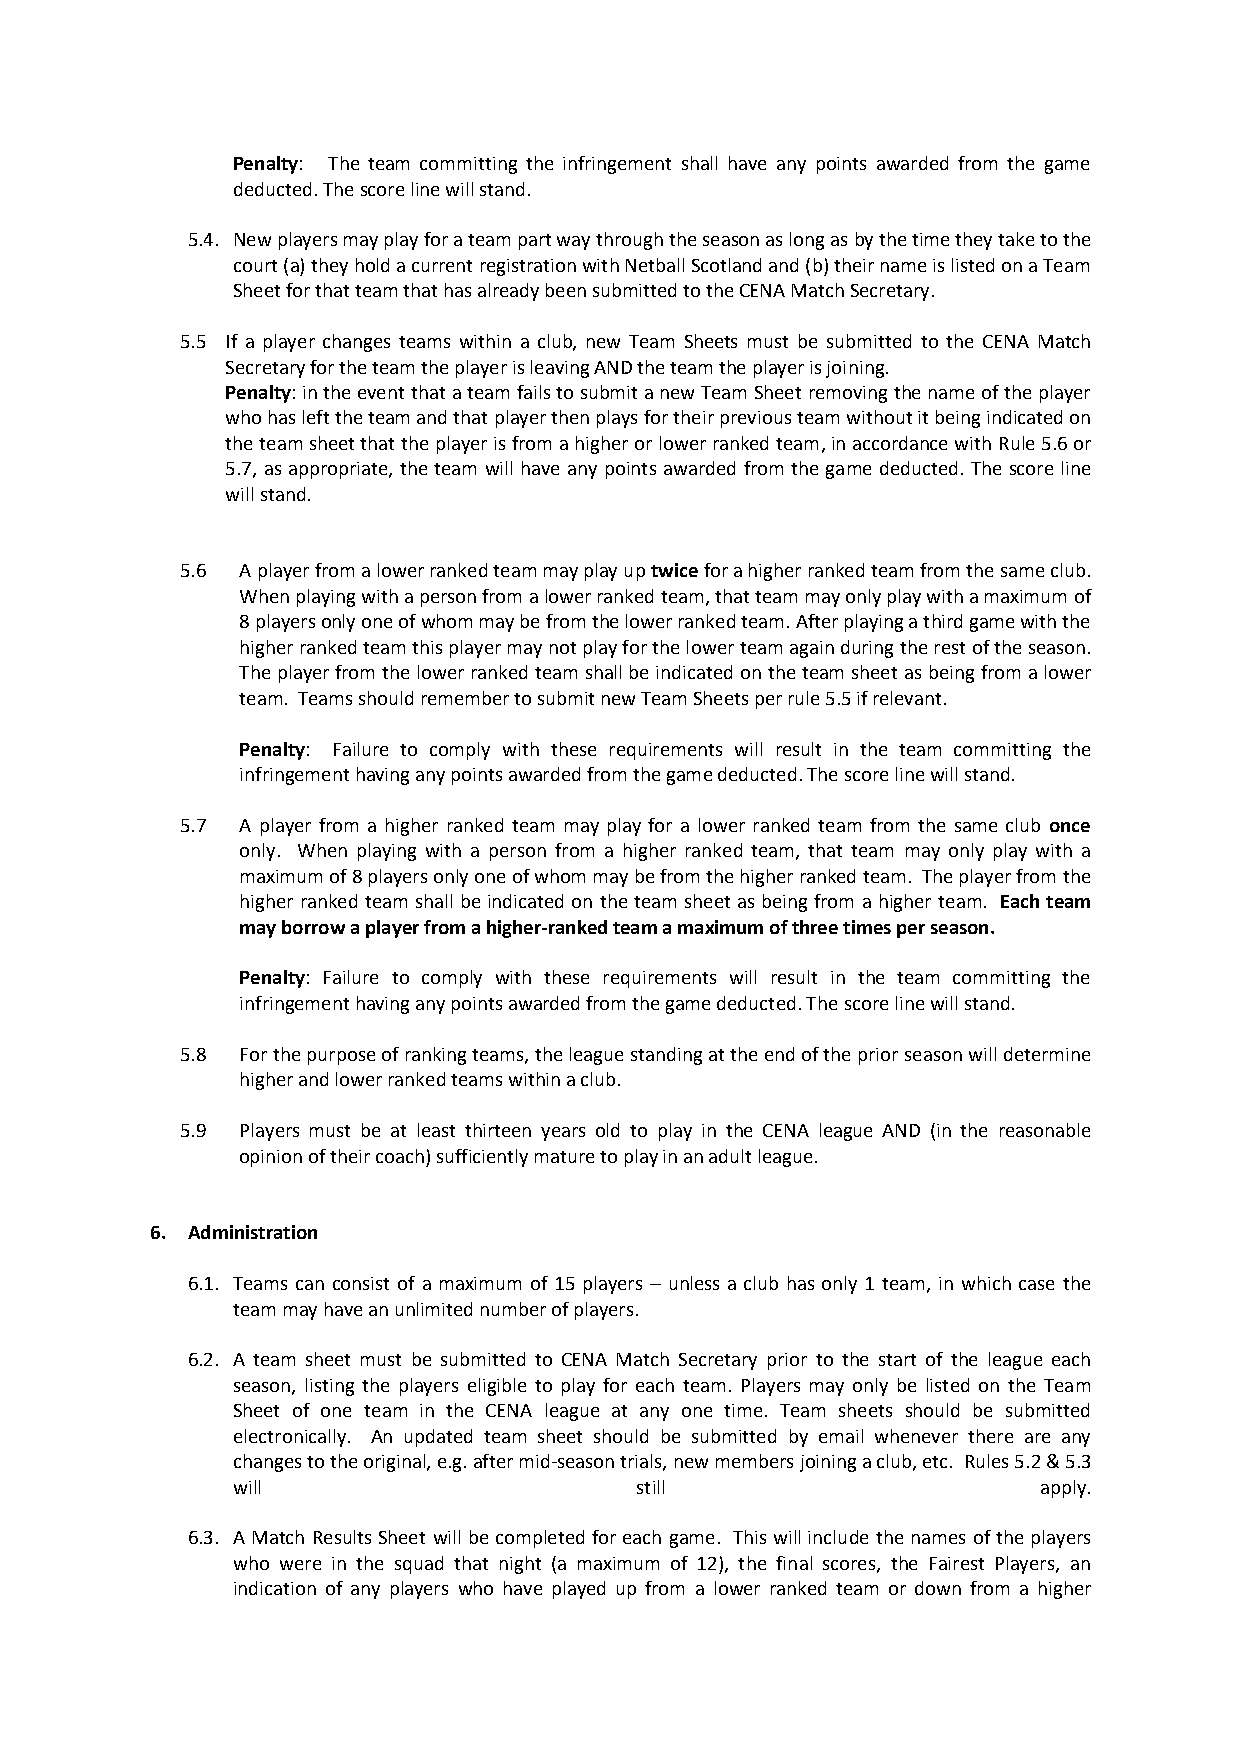
Penalty: The team committing the infringement shall have any points awarded from the game
 deducted. The score line will stand.
 5.4. New players may play for a team part way through the season as long as by the time they take to the
 court (a) they hold a current registration with Netball Scotland and (b) their name is listed on a Team
 Sheet for that team that has already been submitted to the CENA Match Secretary.
 5.5 If a player changes teams within a club, new Team Sheets must be submitted to the CENA Match
 Secretary for the team the player is leaving AND the team the player is joining.
 Penalty: in the event that a team fails to submit a new Team Sheet removing the name of the player
 who has left the team and that player then plays for their previous team without it being indicated on
 the team sheet that the player is from a higher or lower ranked team, in accordance with Rule 5.6 or
 5.7, as appropriate, the team will have any points awarded from the game deducted. The score line
 will stand.
 5.6 A player from a lower ranked team may play up twice for a higher ranked team from the same club.
 When playing with a person from a lower ranked team, that team may only play with a maximum of
 8 players only one of whom may be from the lower ranked team. After playing a third game with the
 higher ranked team this player may not play for the lower team again during the rest of the season.
 The player from the lower ranked team shall be indicated on the team sheet as being from a lower
 team. Teams should remember to submit new Team Sheets per rule 5.5 if relevant.
 Penalty: Failure to comply with these requirements will result in the team committing the
 infringement having any points awarded from the game deducted. The score line will stand.
 5.7 A player from a higher ranked team may play for a lower ranked team from the same club once
 only. When playing with a person from a higher ranked team, that team may only play with a
 maximum of 8 players only one of whom may be from the higher ranked team. The player from the
 higher ranked team shall be indicated on the team sheet as being from a higher team. Each team
 may borrow a player from a higher-ranked team a maximum of three times per season.
 Penalty: Failure to comply with these requirements will result in the team committing the
 infringement having any points awarded from the game deducted. The score line will stand.
 5.8 For the purpose of ranking teams, the league standing at the end of the prior season will determine
 higher and lower ranked teams within a club.
 5.9 Players must be at least thirteen years old to play in the CENA league AND (in the reasonable
 opinion of their coach) sufficiently mature to play in an adult league.
 6. Administration
 6.1. Teams can consist of a maximum of 15 players – unless a club has only 1 team, in which case the
 team may have an unlimited number of players.
 6.2. A team sheet must be submitted to CENA Match Secretary prior to the start of the league each
 season, listing the players eligible to play for each team. Players may only be listed on the Team
 Sheet of one team in the CENA league at any one time. Team sheets should be submitted
 electronically. An updated team sheet should be submitted by email whenever there are any
 changes to the original, e.g. after mid-season trials, new members joining a club, etc. Rules 5.2 & 5.3
 will                       still                      apply.
 6.3. A Match Results Sheet will be completed for each game. This will include the names of the players
 who were in the squad that night (a maximum of 12), the final scores, the Fairest Players, an
 indication of any players who have played up from a lower ranked team or down from a higher